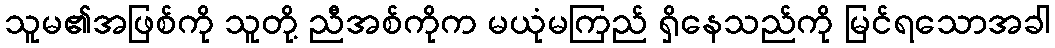
သူမ၏အဖြစ်ကို သူတို့ ညီအစ်ကိုက မယုံမကြည် ရှိနေသည်ကို မြင်ရသောအခါ